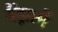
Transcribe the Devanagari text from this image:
बैंझ़ामैं